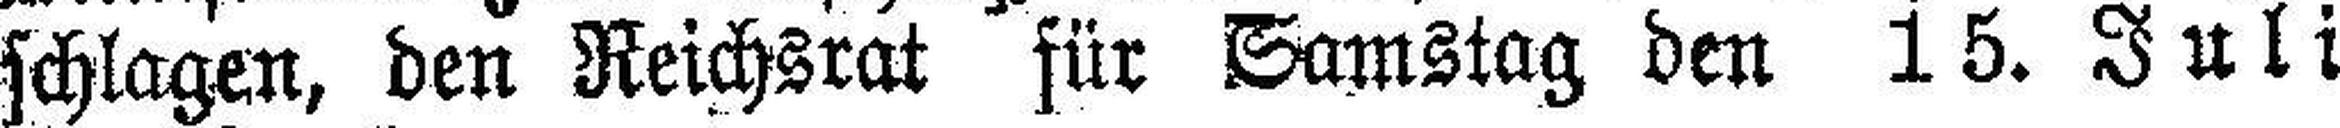
schlagen, den Reichsrat für Samstag den 15. Juli